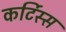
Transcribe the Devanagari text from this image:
कर्टिस्स